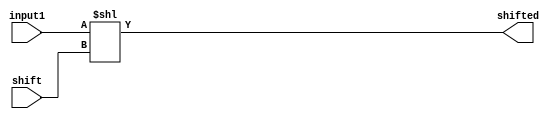
module shll(
    input [31:0] input1,
    output [31:0] shifted,
    input [31:0] shift
    );

assign shifted = input1 << shift;

endmodule